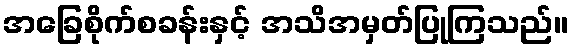
အခြေစိုက်စခန်းနှင့် အသိအမှတ်ပြုကြသည်။